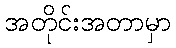
အတိုင်းအတာမှာ